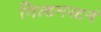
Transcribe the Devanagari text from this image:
गिल्डनस्टर्न